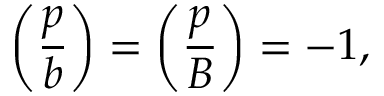
\left( { \frac { p } { b } } \right) = \left( { \frac { p } { B } } \right) = - 1 ,